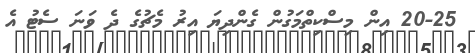
20-25 އިން މިސްކިތްމަގުން ގެންދިޔަ އިރު މެޗުގެ ދެ ވަނަ ސެޓު އެ